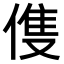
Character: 𬿈